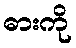
ဓားကို